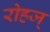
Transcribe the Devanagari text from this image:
रोहज्